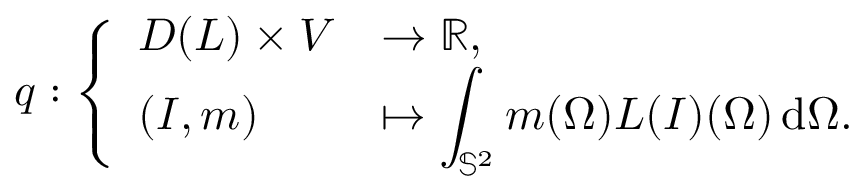
q : \left\{ \begin{array} { l l } { D ( L ) \times V } & { \to \mathbb R , } \\ { ( I , m ) } & { \mapsto \displaystyle \int _ { \mathbb S ^ { 2 } } m ( \Omega ) L ( I ) ( \Omega ) \, \mathrm { d } \Omega . } \end{array} \right.